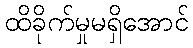
ထိခိုက်မှုမရှိအောင်